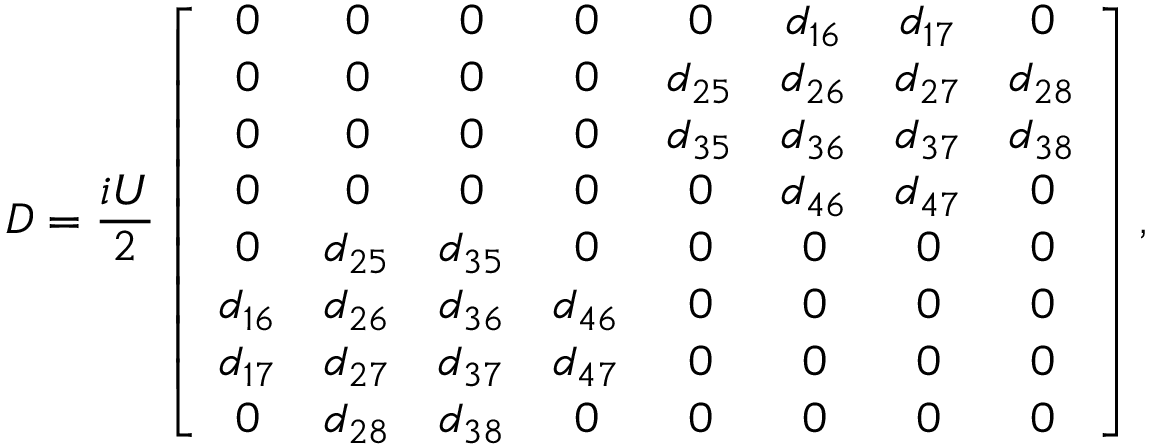
D = \frac { i U } { 2 } \left[ \begin{array} { c c c c c c c c } { 0 } & { 0 } & { 0 } & { 0 } & { 0 } & { d _ { 1 6 } } & { d _ { 1 7 } } & { 0 } \\ { 0 } & { 0 } & { 0 } & { 0 } & { d _ { 2 5 } } & { d _ { 2 6 } } & { d _ { 2 7 } } & { d _ { 2 8 } } \\ { 0 } & { 0 } & { 0 } & { 0 } & { d _ { 3 5 } } & { d _ { 3 6 } } & { d _ { 3 7 } } & { d _ { 3 8 } } \\ { 0 } & { 0 } & { 0 } & { 0 } & { 0 } & { d _ { 4 6 } } & { d _ { 4 7 } } & { 0 } \\ { 0 } & { d _ { 2 5 } } & { d _ { 3 5 } } & { 0 } & { 0 } & { 0 } & { 0 } & { 0 } \\ { d _ { 1 6 } } & { d _ { 2 6 } } & { d _ { 3 6 } } & { d _ { 4 6 } } & { 0 } & { 0 } & { 0 } & { 0 } \\ { d _ { 1 7 } } & { d _ { 2 7 } } & { d _ { 3 7 } } & { d _ { 4 7 } } & { 0 } & { 0 } & { 0 } & { 0 } \\ { 0 } & { d _ { 2 8 } } & { d _ { 3 8 } } & { 0 } & { 0 } & { 0 } & { 0 } & { 0 } \end{array} \right] ,